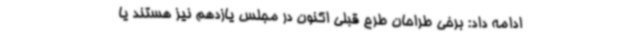
ادامه داد: برخی طراحان طرح قبلی اکنون در مجلس یازدهم نیز هستند یا